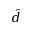
\hat { d }